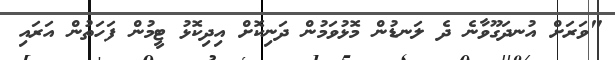
"ވަރަށް އުނދަގޫވާނެ ދެ ލަނޑުން މޮޅުވަމުން ދަނިކޮށް އިދިކޮޅު ޓީމުން ފަހަތުން އަރައި